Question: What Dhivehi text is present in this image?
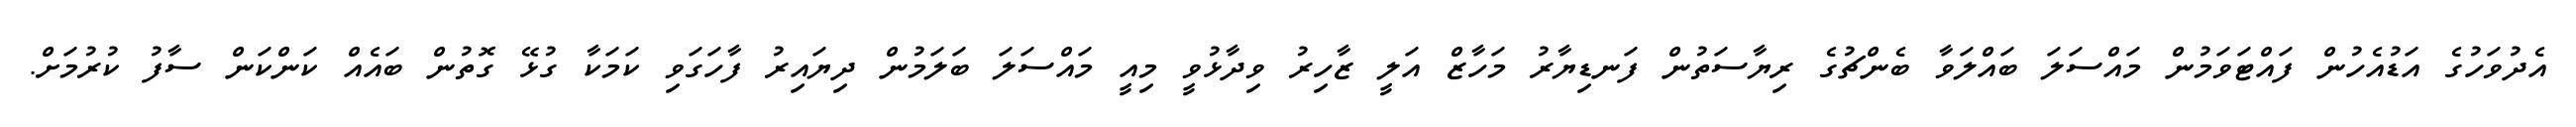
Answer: އެދުވަހުގެ އަޑުއެހުން ފައްޓަވަމުން މައްސަލަ ބައްލަވާ ބެންޗުގެ ރިޔާސަތުން ފަނޑިޔާރު މަހާޒް އަލީ ޒާހިރު ވިދާޅުވީ މިއީ މައްސަލަ ބަލަމުން ދިޔައިރު ފާހަގަވި ކަމަކާ ގުޅޭ ގޮތުން ބައެއް ކަންކަން ސާފު ކުރުމަށް.